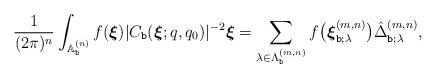
LaTeX: \begin{align*}\frac{1}{(2\pi )^{n} } \int_{\mathbb{A}^{(n)}_{\texttt{b}}} f(\boldsymbol{\xi}) | C_{\texttt{b}}(\boldsymbol{\xi};q,q_0) |^{-2} \boldsymbol{\xi}=\sum_{\lambda\in\Lambda^{(m,n)}_{\texttt{b}}} f \bigl( \boldsymbol{\xi}^{(m,n)}_{\texttt{b};\lambda} \bigr) \hat{\Delta}^{(m,n)}_{\texttt{b};\lambda } ,\end{align*}